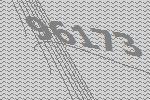
96173